Lunatic asylums Central Provinces reports 1910-1926 - 1910-1926
Year: 1910
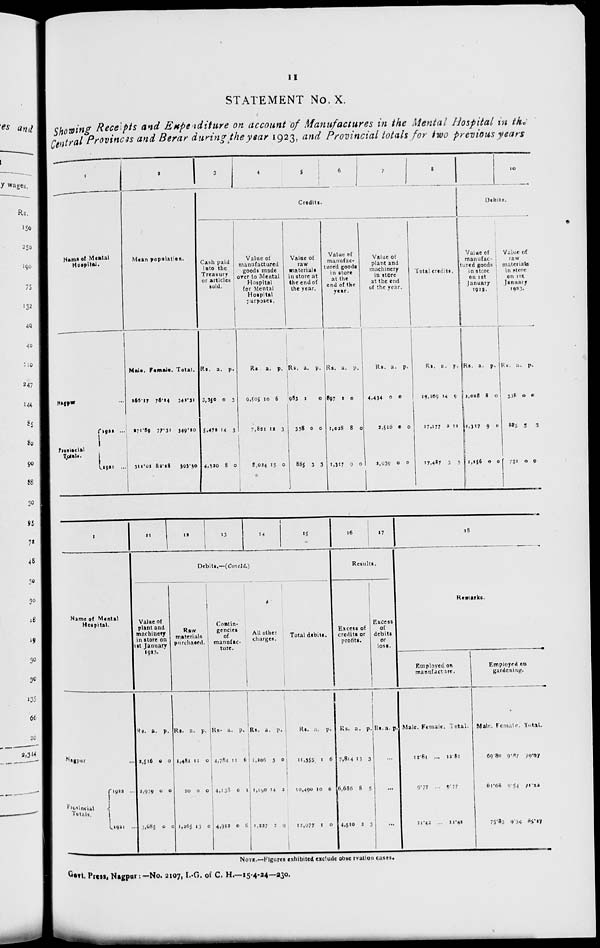
11
STATEMENT No. X.
Showing Receipts and Expenditure on account of Manufactures in the Mental Hospital in the
Central Provinces and Berar during the year 1923, and Provincial totals for two previous years
1
Name of Mental
Hospital.
Nagpur ...
Provincial
Total.
1922
...
1921
...
2
Mean population.
Male.
266.17
271.89
311.02
Female.
76.14
77.31
82.28
Total.
341.31
349.10
393.30
3
4
5
6
7
8
Credits.
Cash paid
into the
Treasury
or articles
sold.
Rs.
3,350
5,472
4,320
a.
0
14
8
p.
3
3
0
Value of
manufactured
goods made
over to Mental
Hospital
for Mental
Hospital
purposes.
Rs
9,505
7,821
8,024
a.
10
12
15
p.
6
3
0
Value of
raw
materials
in store at
the end of
the year.
Rs.
983
338
885
a.
2
0
3
p.
0
0
3
Value of
manufac-
tured goods
in store
at the
end of the
year.
Rs.
897
1,028
1,317
a.
2
8
9
p.
0
0
0
Value of
plant and
machinery
in store
at the end
of the year.
Rs.
4,434
2,516
2,939
a.
0
0
0
p.
0
0
0
Total credits.
Rs.
19,169
17,177
17,487
a.
14
2
3
p.
9
11
3
9
10
Debits.
Value of
manufac-
tured goods
in store
on 1st
January
1923.
Rs.
1,028
1,317
1,156
a.
8
9
0
p.
0
0
0
Value of
raw
materials
in
store
on 1st
January
1923.
Rs.
338
885
731
a.
0
5
0
p.
0
3
9
1
Name of Mental
Hospital.
Nagpur ...
Provincial
Totals.
1922
...
1921 ...
11
12
13
14
15
Debits.—(Concld.)
Value of
plant and
machinery
in store on
1st January
1923.
Rs.
2,516
2,939
3,085
a.
0
0
0
p.
0
0
0
Raw
materials
purchased.
Rs.
1,481
20
1,265
a.
11
0
13
p.
0
0
0
Contin-
gencies
of
manufac-
ture.
Rs.
4,784
4,138
4,912
a.
11
0
0
p.
6
1
6
All other
charges.
Rs.
1,206
1,100
1,227
a.
3
14
2
p.
0
2
9
Total debits.
Rs.
11,355
10,490
12,977
a.
1
10
1
p.
6
6
0
16
17
Results.
Excess of
credits or
profits.
Rs.
7,814
6,686
4,510
a.
13
8
2
p.
3
5
3
Excess
of
debits
or
loss.
Rs.a. p.
...
...
...
18
Remarks.
Employed of
manufacture.
Male.
12.81
9.77
11.42
Female.
...
...
...
Total.
12.81
9.77
11.42
Employed on
gardening.
Male.
69.80
61.68
75.83
Female.
9.81
9.54
9.34
Total.
79.97
71.22
85.17
NOTE.—Figures exhibited exclude observation cases.
Govt. Press, Nagpur :— No. 2107, I.-G. of C. H.—15-4-24—230.